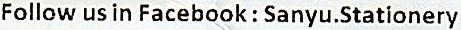
FOLLOW US IN FACEBOOK : SANYU.STATIONERY